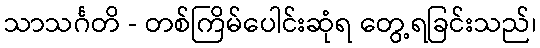
သာသင်္ဂတိ - တစ်ကြိမ်ပေါင်းဆုံရ တွေ့ရခြင်းသည်၊